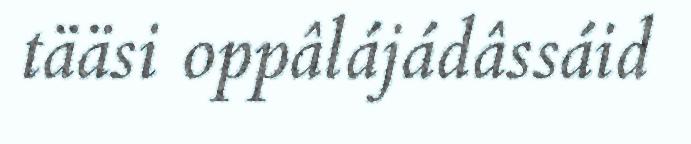
tääsi oppâlájádâssáid